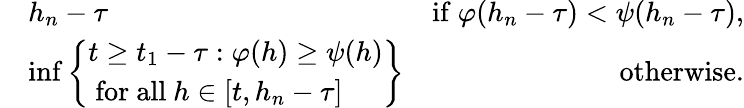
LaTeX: \begin{array}{rlr}&{h_{n}-\tau}&{\mathrm{if~}\varphi(h_{n}-\tau)<\psi(h_{n}-\tau),}\\ &{\operatorname*{inf}\left\{ \begin{array}{l}{t\geq t_{1}-\tau:\varphi(h)\geq\psi(h)}\\ {\mathrm{~for~all~}h\in[t,h_{n}-\tau]}\end{array}\right\} }&{\mathrm{otherwise.}}\end{array}